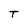
Character: T